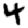
Digit: 4